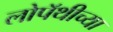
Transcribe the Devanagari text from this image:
लोपॅथीच्या